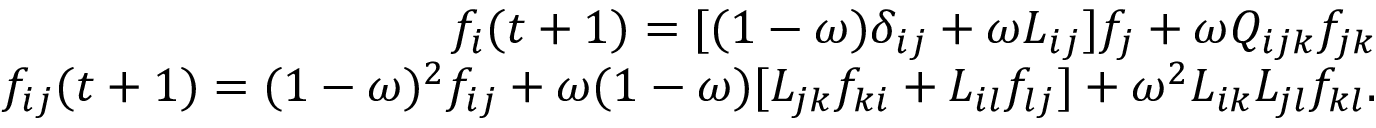
\begin{array} { r } { f _ { i } ( t + 1 ) = [ ( 1 - \omega ) \delta _ { i j } + \omega L _ { i j } ] f _ { j } + \omega Q _ { i j k } f _ { j k } } \\ { f _ { i j } ( t + 1 ) = ( 1 - \omega ) ^ { 2 } f _ { i j } + \omega ( 1 - \omega ) [ L _ { j k } f _ { k i } + L _ { i l } f _ { l j } ] + \omega ^ { 2 } L _ { i k } L _ { j l } f _ { k l } . } \end{array}